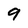
Character: 9